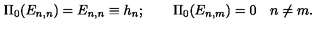
\Pi _ { 0 } ( E _ { n , n } ) = E _ { n , n } \equiv h _ { n } ; \qquad \Pi _ { 0 } ( E _ { n , m } ) = 0 \quad n \ne m .